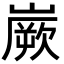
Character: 嶡